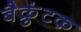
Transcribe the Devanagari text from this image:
बैक्रुंटक